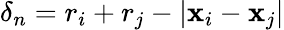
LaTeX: \delta_{n}=r_{i}+r_{j}-|\mathbf{x}_{i}-\mathbf{x}_{j}|